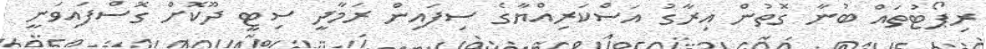
ރިޕޯޓުތައް ބުނާ ގޮތުން އިރާގު އަސްކަރިއްޔާގެ ސިފައިން ރަމާދީ ސިޓީ ދޫކޮށް ގޮސްފައިވަނީ